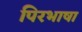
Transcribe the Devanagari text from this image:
पिरभाषा